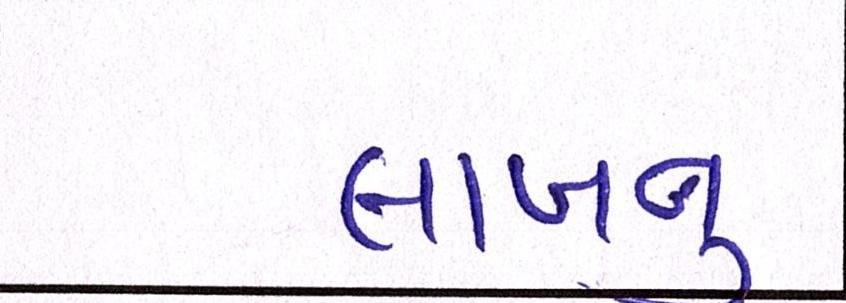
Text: લાખનું